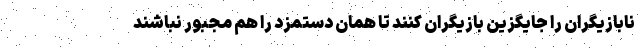
نابازیگران را جایگزین بازیگران کنند تا همان دستمزد را هم مجبور نباشند